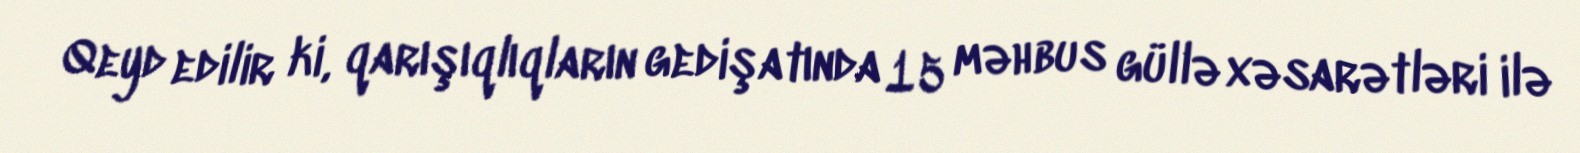
Qeyd edilir ki, qarışıqlıqların gedişatında 15 məhbus güllə xəsarətləri ilə